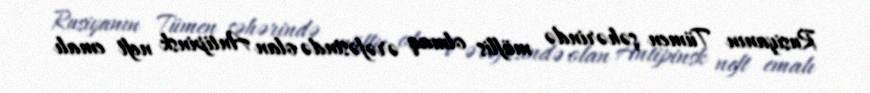
Rusiyanın Tümen şəhərində müflis olmaq ərəfəsində olan Antipinsk neft emalı